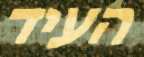
העיד